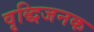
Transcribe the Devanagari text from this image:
वृद्धिजनक